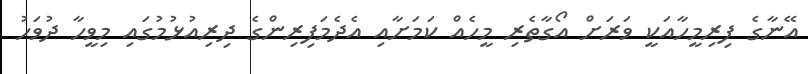
އޭނާގެ ފިރިމީހާއަކީ ވަރަށް އޯގާތެރި މީހެއް ކަމަށާއި އެދެމަފިރިންގެ ދިރިއުޅުމުގައި މިވީހާ ދުވަހު